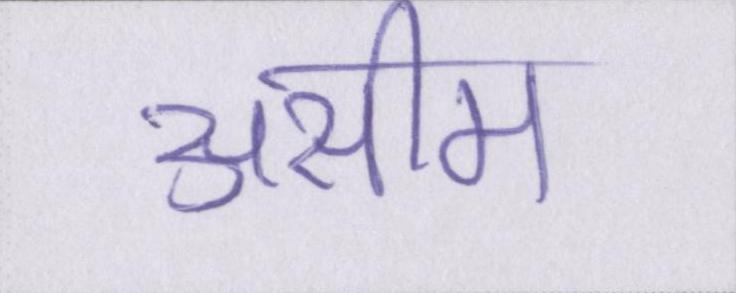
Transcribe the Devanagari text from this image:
असीम